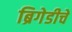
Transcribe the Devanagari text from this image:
ब्रिगेडीचे